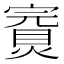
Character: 𡫅